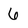
Character: 6